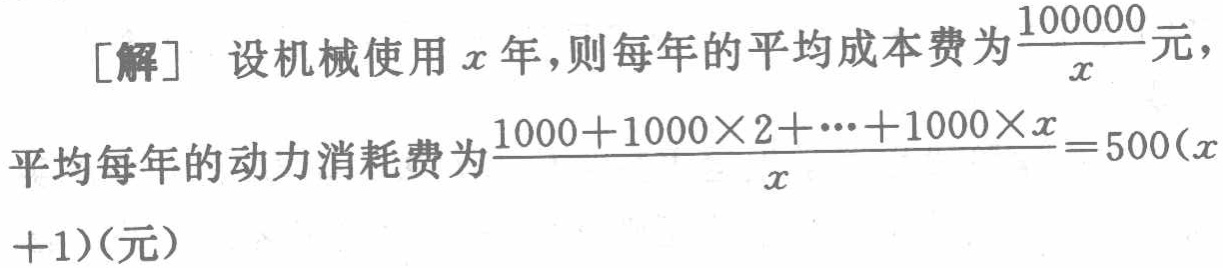
[解] 设机械使用\(x\)年,则每年的平均成本费为\(\frac{100000}{x}\)元,

平均每年的动力消耗费为\(\frac{1000 + 1000\times2+\cdots+1000\times x}{x}=500(x + 1)\)（元）